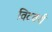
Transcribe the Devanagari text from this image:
विटवर्थ